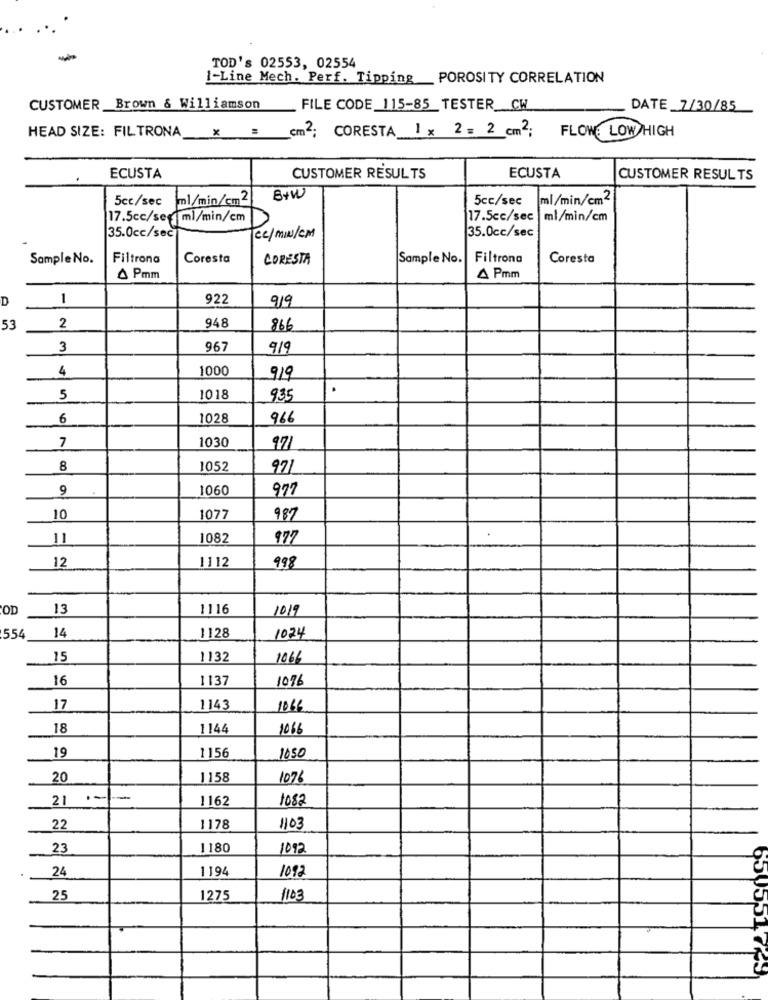
-
TOD's 02553, 02554
I-Line Mech. Perf. Tipping_POROSITY CORRELATION
CUSTOMER _Brown & Williamson
FILE CODE_115-85 TESTER_CW
DATE 7/30/85
HEAD SIZE: FILTRONA
X :
cm2: CORESTA 1 × 2 = 2 cm2:
FLOW: LOW HIGH
.
ECUSTA
CUSTOMER RESULTS
ECUSTA
CUSTOMER RESULTS
5cc/sec
ml/min/cm2
B+W
5cc/sec
ml/min/cm2
17.5cc/sec |ml/min/cm
35.0cc/sec
35.0cc/sec
(o/min/De/melem
Cc/MIN/CM
Sample No.
Filtrona
Coresta
CORESTA
Sample No.
Filtrona
Coresta
4 Pmm
A Pmm
D
1
922
919
2
948
53
866
3
967
919
4
1000
919
5
1018
9.35
6
1028
966
7
1030
971
8
1052
971
9
1060
977
10
1077
987
11
1082
977
12
1112
998
OD
13
1116
1019
14
554
1128
1024
15
1132
1066
16
1137
1076
17
1143
1066
18
1144
1066
19
1156
1650
20
1158
1076
21
1162
1082
22
1178
110
23
1180
1092
24
1194
1092
25
1275
1103